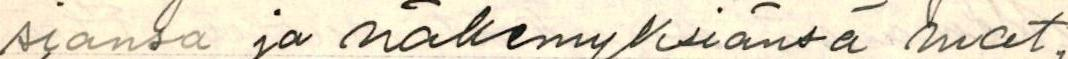
siansa ja näkemyksiänsä mat-